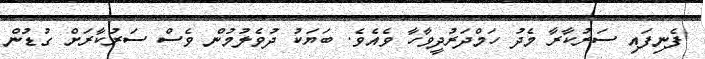
ފެނިފައި ސަރުކާރާ މެދު ހަމްދަރުދީވާހާ ވެއެވެ. ބަޔަކު ދުވެލުމުން ވެސް ސަރުކާރަށް ގުޑުން